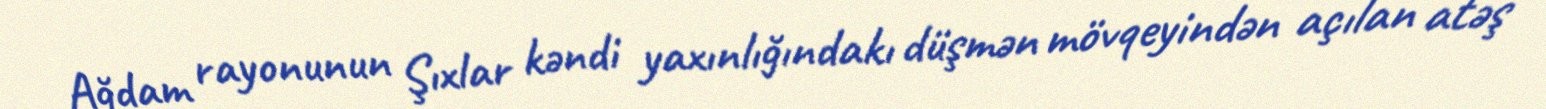
Ağdam rayonunun Şıxlar kəndi yaxınlığındakı düşmən mövqeyindən açılan atəş